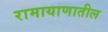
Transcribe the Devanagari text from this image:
रामायाणातील